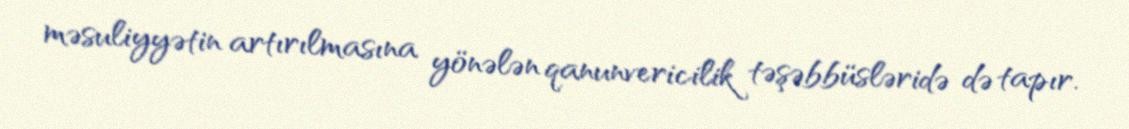
məsuliyyətin artırılmasına yönələn qanunvericilik təşəbbüsləridə də tapır.